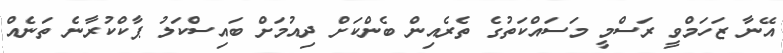
އޭނާ ޒަހަމްވީ ރަސްމީ މަސައްކަތުގެ ތެރެއިން ބެންކަށް ދިއުމަށް ބައިސްކަލު ޕާކްކުރާނެ ތަނެއް